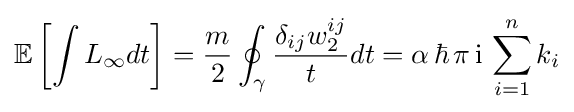
\mathbb {E} \left[\int L_{\infty }dt\right]={\frac {m}{2}}\oint _{\gamma }{\frac {\delta _{ij}w_{2}^{ij}}{t}}dt=\alpha \,\hbar \,\pi \,{\rm {i}}\,\sum _{i=1}^{n}k_{i}